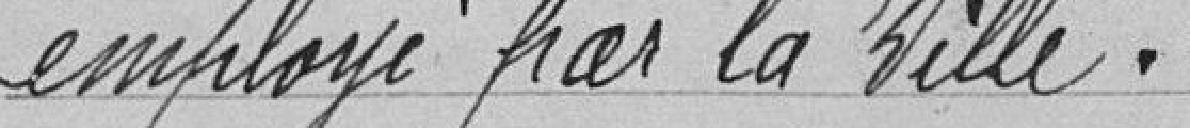
employé par la Ville.